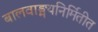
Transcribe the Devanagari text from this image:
बालवाङ्मयनिर्मितीत